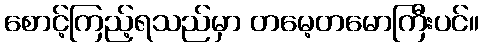
စောင့်ကြည့်ရသည်မှာ တမေ့တမောကြီးပင်။